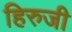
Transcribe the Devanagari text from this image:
हिरुजी